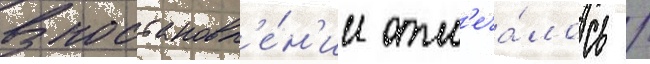
В постановл'е́н'ии отм'еча́лось /